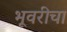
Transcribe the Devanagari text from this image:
भूवरीचा